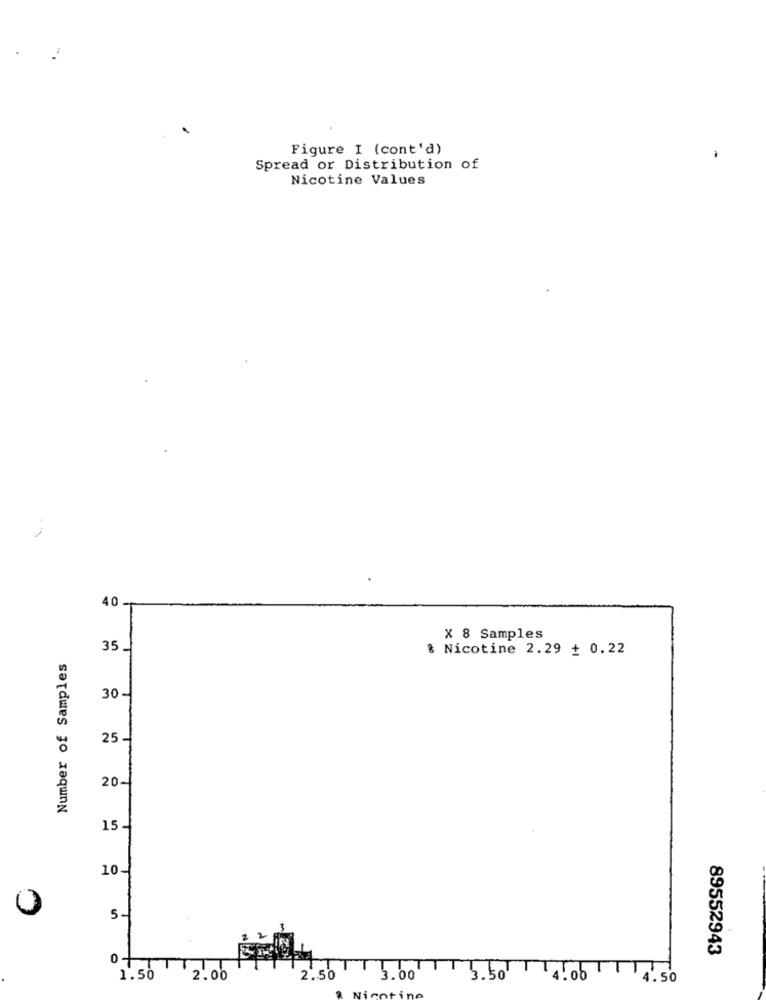
Figure I (cont'd)
Spread or Distribution of
Nicotine Values
40.
X 8 Samples
35
% Nicotine 2.29 + 0.22
Number of Samples
30 -
25.
20-
15-
10-
0
5-
89552943
0 -
4. 00
1.50
2.00
2.50
3.00
3.50
4.50